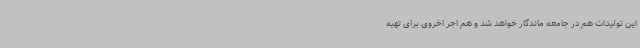
این تولیدات هم در جامعه ماندگار خواهد شد و هم اجر اخروی برای تهیه